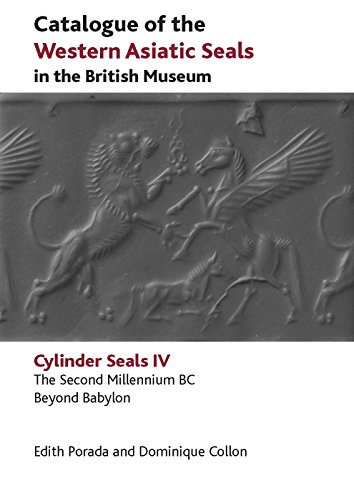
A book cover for Catalogue of the Western Asiatic Seals in the British Museum. Cylinder Seals IV: The Second Millennium BC. Beyond Babylon; Edith Porada; History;